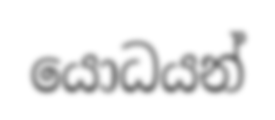
යොධයන්